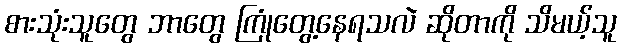
စားသုံးသူတွေ ဘာတွေ ကြုံတွေ့နေရသလဲ ဆိုတာကို သိမယ့်သူ